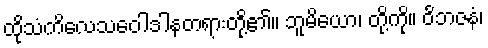
ထိုသံကိလေသဝေါဒါနတရားတို့၏။ ဘူမိယော၊ တို့ကို။ ဝိဘဇနံ၊